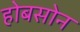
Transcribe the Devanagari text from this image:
होबसोन